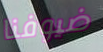
ضيوفنا